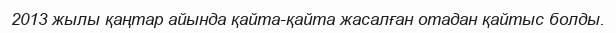
2013 жылы қаңтар айында қайта-қайта жасалған отадан қайтыс болды.